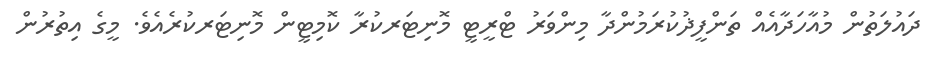
ދައުލަތުން މުއާހަދާއެއް ތަންފީޛުކުރަމުންދާ މިންވަރު ޓްރީޓީ މޮނިޓަރކުރާ ކޮމިޓީން މޮނިޓަރކުރެއެވެ. މީގެ އިތުރުން